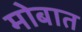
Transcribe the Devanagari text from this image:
मोबात